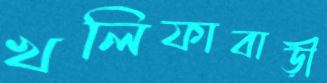
খলিফাবাড়ী